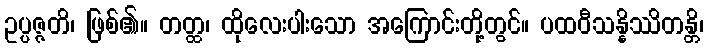
ဥပ္ပဇ္ဇတိ၊ ဖြစ်၏။ တတ္ထ၊ ထိုလေးပါးသော အကြောင်းတို့တွင်။ ပထဝီသန္နိဿိတန္တိ၊